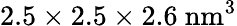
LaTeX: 2.5\times 2.5\times 2.6~\mathrm{nm^{3}}